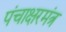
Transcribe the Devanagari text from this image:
पंचाक्षरमंत्र